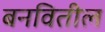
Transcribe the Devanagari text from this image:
बनवितील